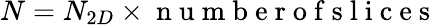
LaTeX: N=N_{2D}\times\mathrm{~n~u~m~b~e~r~o~f~s~l~i~c~e~s~}